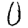
Digit: 0